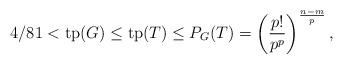
LaTeX: \begin{align*}4/81 < \mathrm{tp}(G) \leq \mathrm{tp}(T) \leq P_G(T) = \left(\frac{p!}{p^p}\right)^{\frac{n-m}{p}},\end{align*}